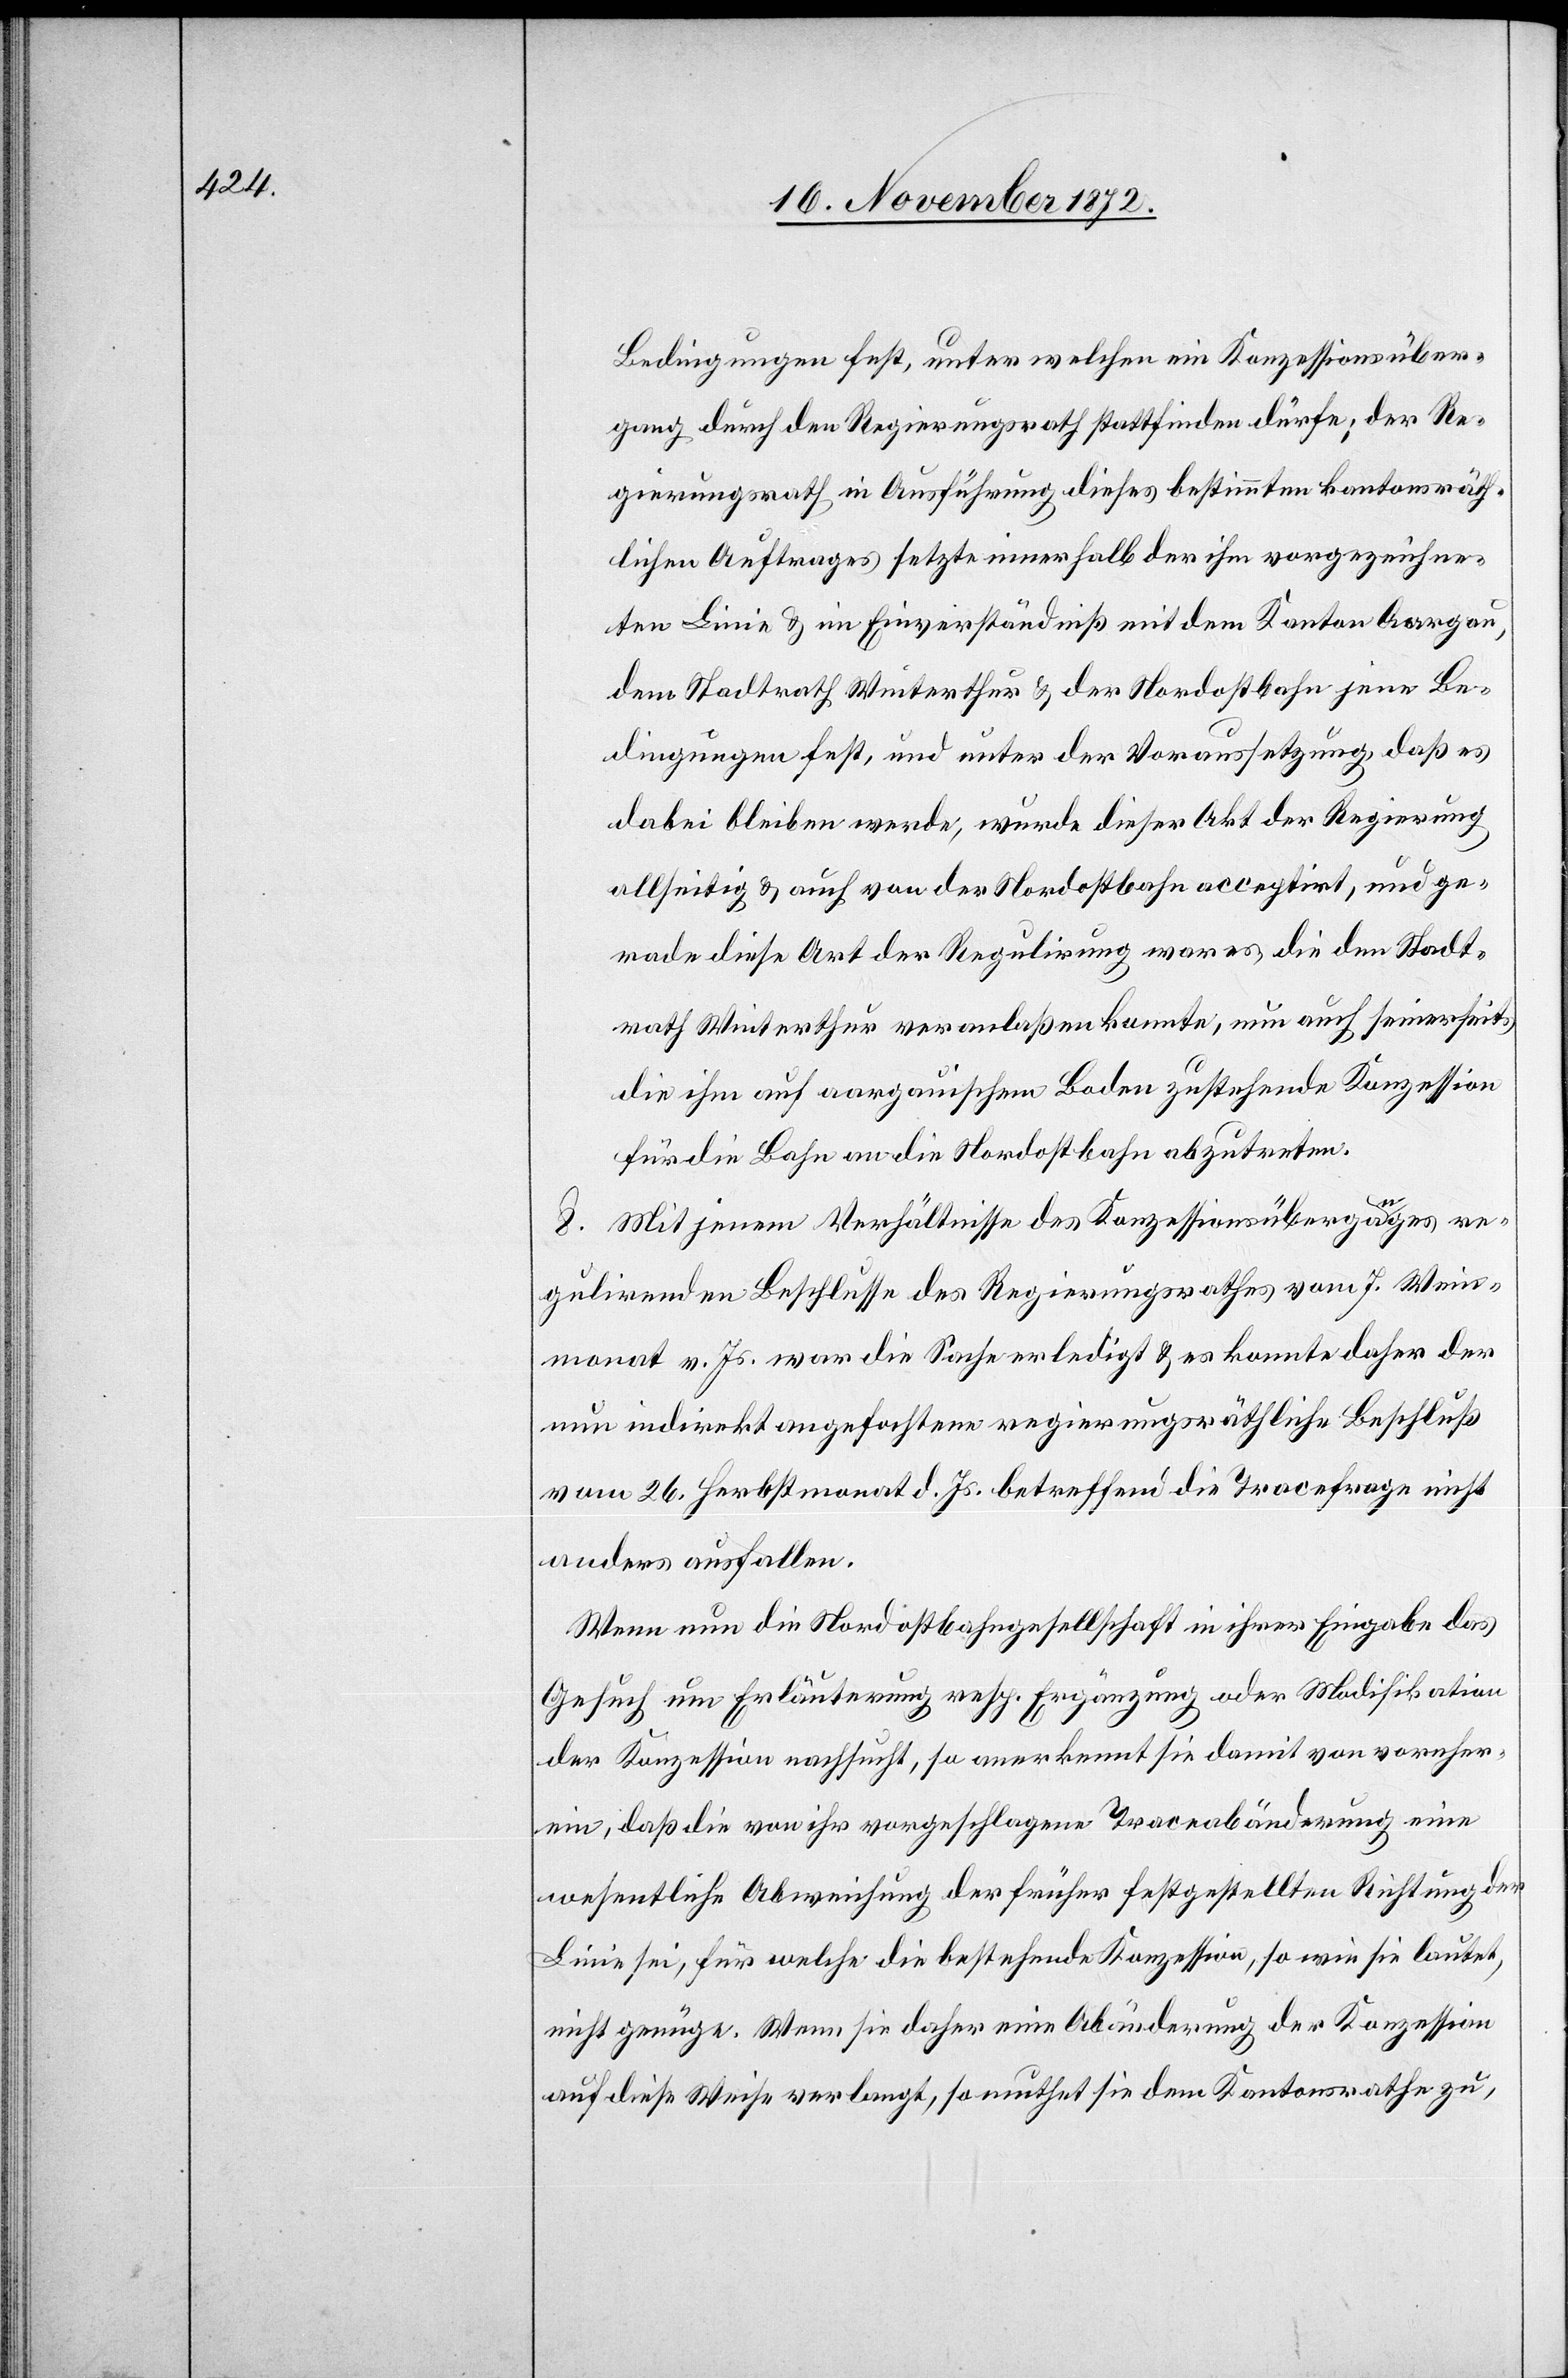
Bedingungen fest, unter welchen ein Konzessionsüber¬
gang durch den Regierungsrath stattfinden dürfe; der Re¬
gierungsrath in Ausführung dieses bestimmten kantonsräth¬
lichen Auftrages setzte innerhalb der ihm vorgezeichne¬
ten Linie u. im Einverständniß mit dem Kanton Aargau,
dem Stadtrath Winterthur u. der Nordostbahn jene Be¬
dingungen fest, und unter der Voraussetzung, daß es
dabei bleiben werde, wurde dieser Akt der Regierung
allseitig u. auch von der Nordostbahn acceptirt, und ge¬
rade diese Art der Regulirung war es die den Stadt¬
rath Winterthur veranlaßen konnte, nun auch seinerseits
die ihm auf aargauischem Boden zustehende Konzession
für die Bahn an die Nordostbahn abzutreten.
8. Mit jenem Verhältnisse des Konzessionsüberganges re¬
gulirenden Beschlusse des Regierungsrathes vom 7. Wein¬
monat v. Js. war die Sache erledigt u. es konnte daher der
nun indirekt angefochtene regierungsräthliche Beschluß
vom 26. Herbstmonat d. Js. betreffend die Tracefrage nicht
anders ausfallen.
Wenn nun die Nordostbahngesellschaft in ihrer Eingabe das
Gesuch um Erläuterung resp. Ergänzung oder Modifikation
der Konzession nachsucht, so anerkennt sie damit von vornher¬
ein, daß die von ihr vorgeschlagene Traceabänderung eine
wesentliche Abweichung der früher festgestellten Richtung der
Linie sei, für welche die bestehende Konzession, so wie sie lautet,
nicht genüge. Wenn sie daher eine Abänderung der Konzession
auf diese Weise verlangt, so muthet sie dem Kantonsrathe zu,